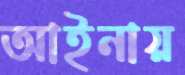
আইনায়